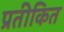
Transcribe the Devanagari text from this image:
प्रतीकित